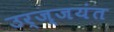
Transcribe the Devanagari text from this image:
उर्ज्जयंत